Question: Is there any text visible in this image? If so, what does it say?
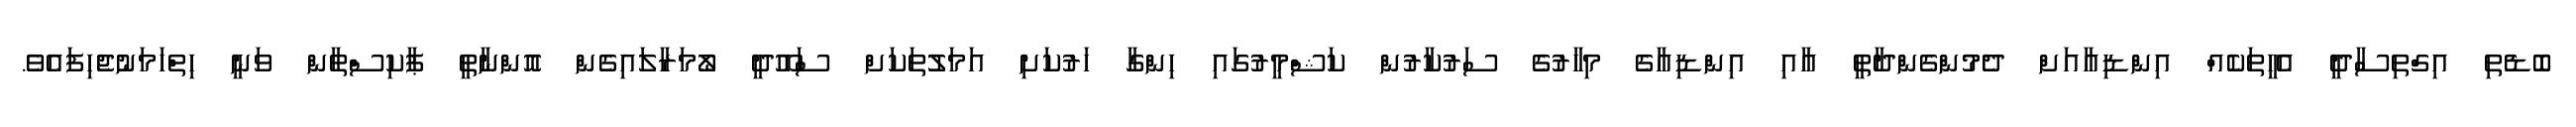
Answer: ބޮޑެތި އިގްތިސާދީ އެހީތަކެއް އިންޑިއާއަށް ދެމުންގެންދާތީ އާއި އިންޑިއާގެ މިހާރުގެ ސަރުކާރުން ކަޝްމީރުގައި ހިންގާ ހަރުކަށި އަމަލުތަކަށް ސައޫދީ ލޯމަރާލައިގެން އޮންނާތީ ޕާކިސްތާން ވަނީ ހިތްހަމަނުޖެހިފައެވެ.